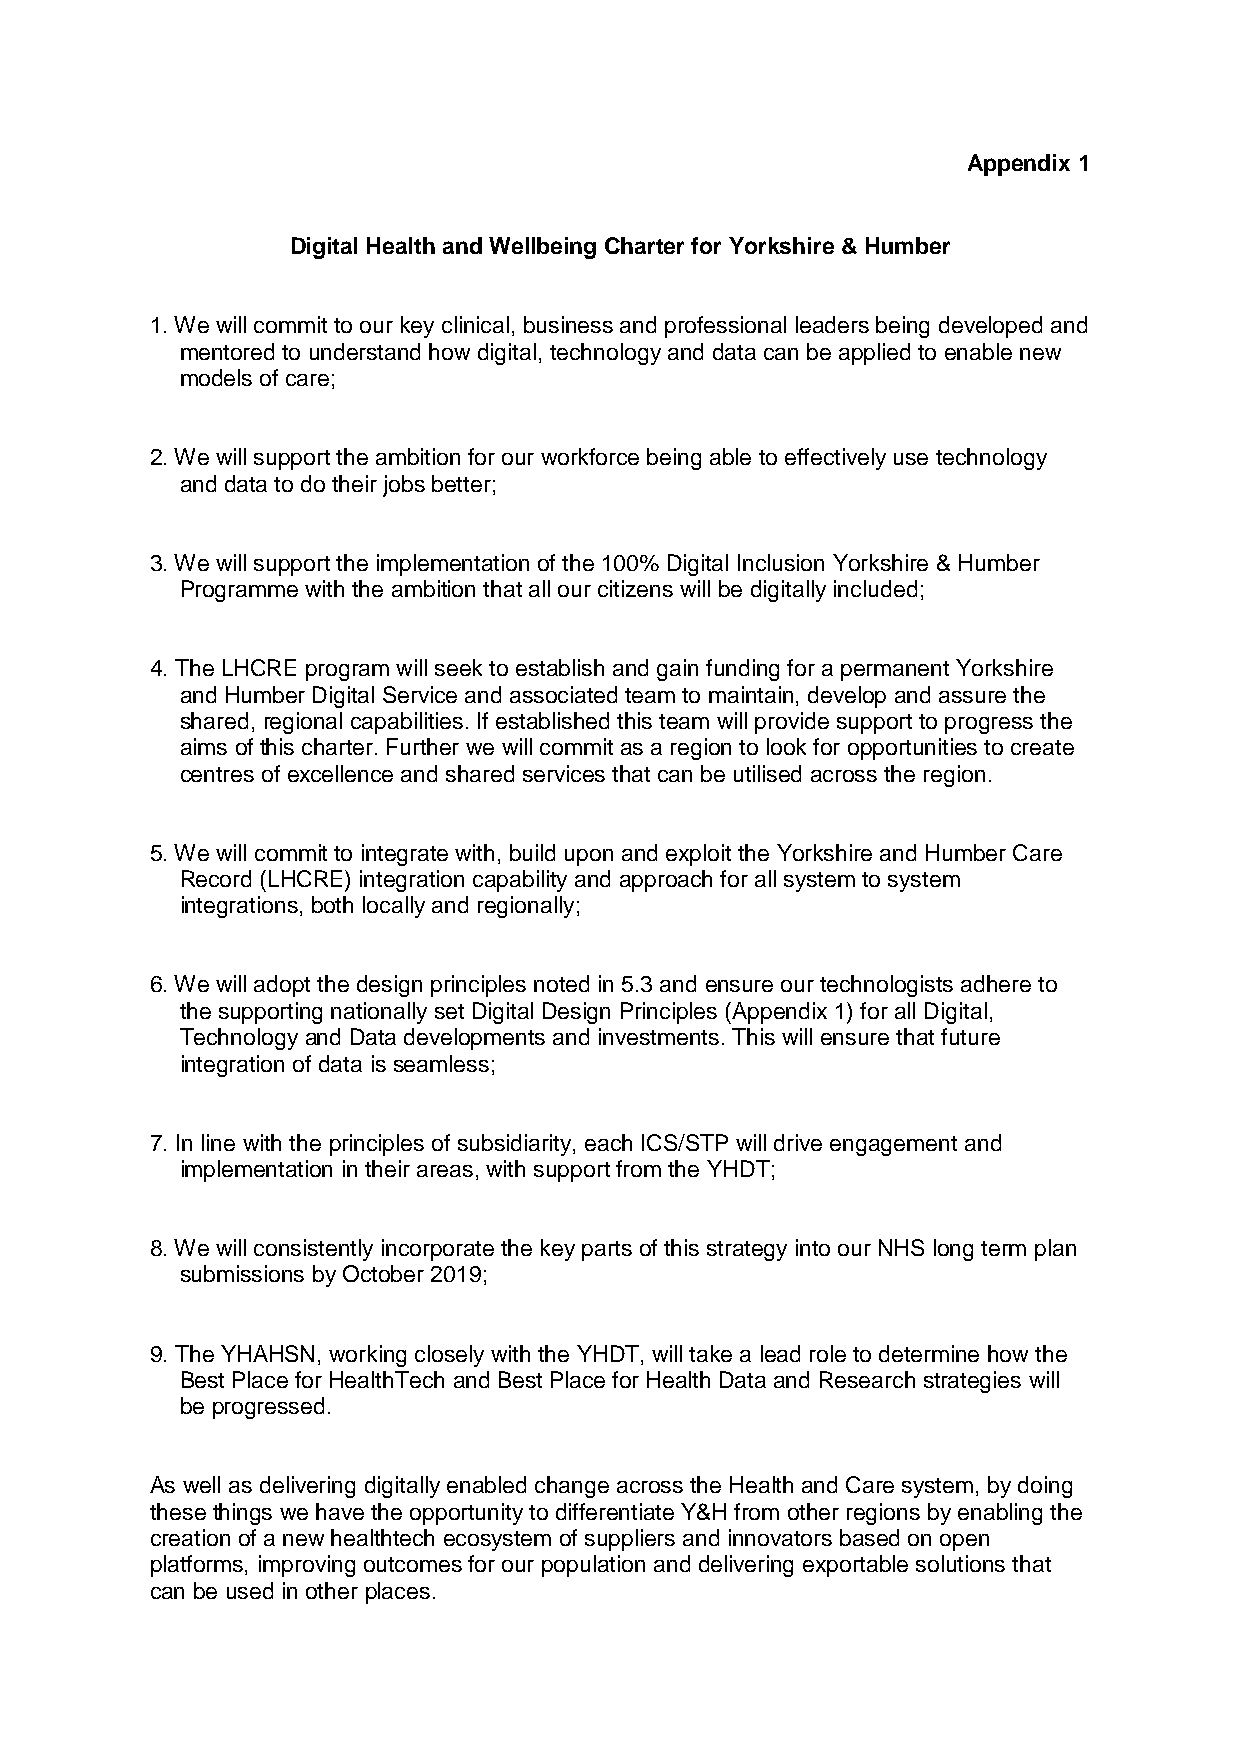
Appendix 1
 Digital Health and Wellbeing Charter for Yorkshire & Humber
 1. We will commit to our key clinical, business and professional leaders being developed and
 mentored to understand how digital, technology and data can be applied to enable new
 models of care;
 2. We will support the ambition for our workforce being able to effectively use technology
 and data to do their jobs better;
 3. We will support the implementation of the 100% Digital Inclusion Yorkshire & Humber
 Programme with the ambition that all our citizens will be digitally included;
 4. The LHCRE program will seek to establish and gain funding for a permanent Yorkshire
 and Humber Digital Service and associated team to maintain, develop and assure the
 shared, regional capabilities. If established this team will provide support to progress the
 aims of this charter. Further we will commit as a region to look for opportunities to create
 centres of excellence and shared services that can be utilised across the region.
 5. We will commit to integrate with, build upon and exploit the Yorkshire and Humber Care
 Record (LHCRE) integration capability and approach for all system to system
 integrations, both locally and regionally;
 6. We will adopt the design principles noted in 5.3 and ensure our technologists adhere to
 the supporting nationally set Digital Design Principles (Appendix 1) for all Digital,
 Technology and Data developments and investments. This will ensure that future
 integration of data is seamless;
 7. In line with the principles of subsidiarity, each ICS/STP will drive engagement and
 implementation in their areas, with support from the YHDT;
 8. We will consistently incorporate the key parts of this strategy into our NHS long term plan
 submissions by October 2019;
 9. The YHAHSN, working closely with the YHDT, will take a lead role to determine how the
 Best Place for HealthTech and Best Place for Health Data and Research strategies will
 be progressed.
 As well as delivering digitally enabled change across the Health and Care system, by doing
 these things we have the opportunity to differentiate Y&H from other regions by enabling the
 creation of a new healthtech ecosystem of suppliers and innovators based on open
 platforms, improving outcomes for our population and delivering exportable solutions that
 can be used in other places.